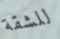
للشقة